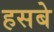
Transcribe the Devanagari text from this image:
हसबे